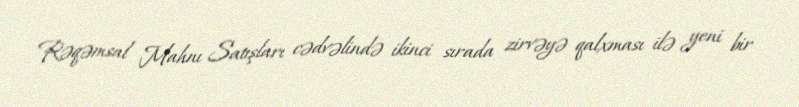
Rəqəmsal Mahnı Satışları cədvəlində ikinci sırada zirvəyə qalxması ilə yeni bir